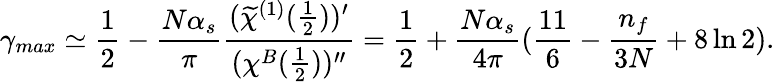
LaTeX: \gamma_{max}\simeq\frac{1}{2}-\frac{N\alpha_{s}}{\pi}\frac{(\widetilde{\chi}^{(1)}(\frac{1}{2}))^{\prime}}{(\chi^{B}(\frac{1}{2}))^{\prime\prime}}=\frac{1}{2}+\frac{N\alpha_{s}}{4\pi}(\frac{11}{6}-\frac{n_{f}}{3N}+8\ln 2).